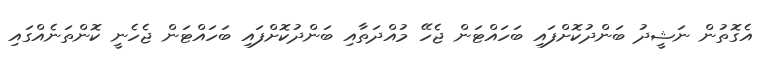
އެގޮތުން ނަޝީދު ބަންދުކޮށްފައި ބަހައްޓަން ޖެހޭ މުއްދަތާއި ބަންދުކޮށްފައި ބަހައްޓަން ޖެހެނީ ކޮންތަނެއްގައި